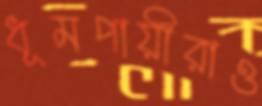
ধূমপায়ীরাও